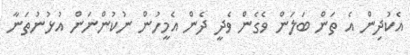
އެކުދިން އެ ތަން ބަލަން ވެގެން ވެދީ ދެން އެމީހުން ނުކުންނަން އުޅުނުތަނާ